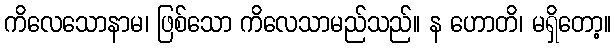
ကိလေသောနာမ၊ ဖြစ်သော ကိလေသာမည်သည်။ န ဟောတိ၊ မရှိတော့။